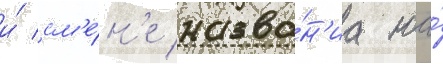
и́ см'е́н'е назва́н'иа на́